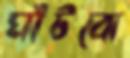
ঘাঁটবো